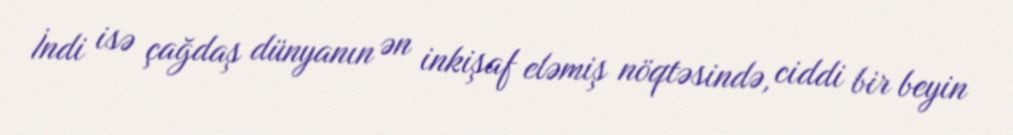
İndi isə çağdaş dünyanın ən inkişaf eləmiş nöqtəsində, ciddi bir beyin